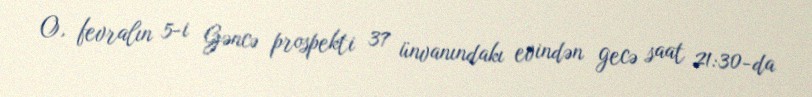
O, fevralın 5-i Gəncə prospekti 37 ünvanındakı evindən gecə saat 21:30-da